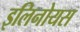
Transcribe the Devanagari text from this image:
इलिनोयस